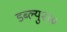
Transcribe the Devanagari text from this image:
डब्ल्यु२१०